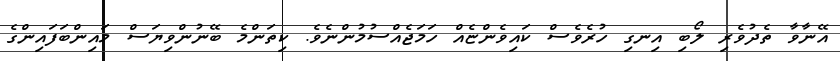
އޭނާވާ ތެދުވެރި ލޯބި އިނގި ހުރެވެސް ކައިވެންޏެއް ހަމަޖެއްސުމުންނެވެ. ކިތަންމެ ބޭނުންވިޔަސް މައިންބަފައިންގެ